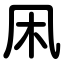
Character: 凩